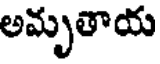
అమృతాయ